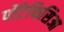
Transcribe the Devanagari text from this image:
पोंटेफिसिआ